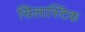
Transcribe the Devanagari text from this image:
सिलास्टिक